Annual report on the mental hospital in the Central Provinces and Berar (Nagpur) - 1927-1951
Year: 1927
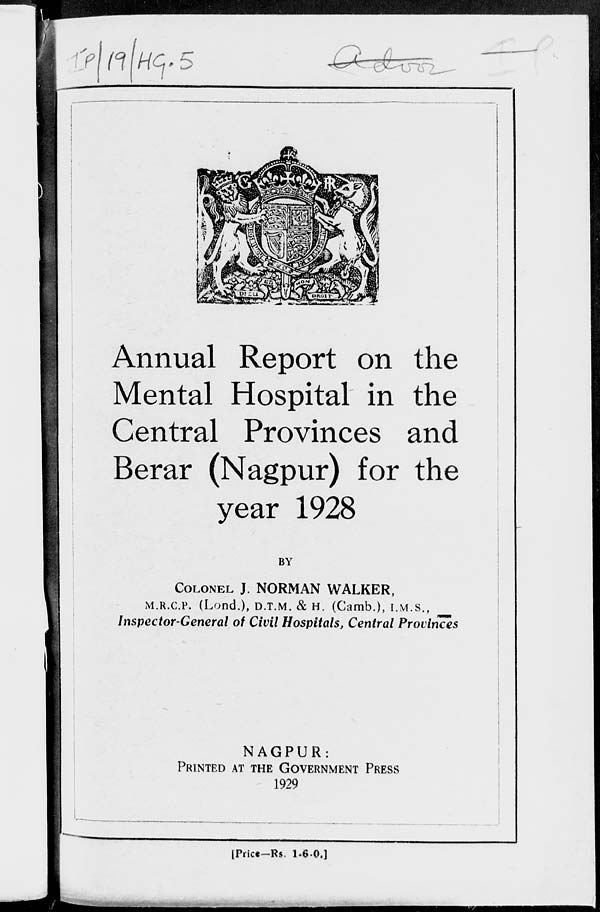
Annual Report on the
Mental Hospital in the
Central Provinces and
Berar (Nagpur) for the
year 1928
BY
COLONEL J. NORMAN WALKER,
M.R.C.P. (Lond.), D.T.M. & H. (Camb.), I.M.S.,
Inspector-General of Civil Hospitals, Central Provinces
NAGPUR:
PRINTED AT THE GOVERNMENT PRESS
1929
[Price—Rs. 1-6-0.]